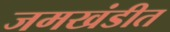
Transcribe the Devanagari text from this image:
जमखंडीत